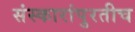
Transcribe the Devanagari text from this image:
संस्कारांपुरतीच